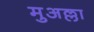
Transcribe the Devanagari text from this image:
मुअल्ला